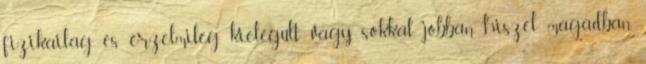
fizikailag és érzelmileg kielégült vagy, sokkal jobban hiszel magadban,